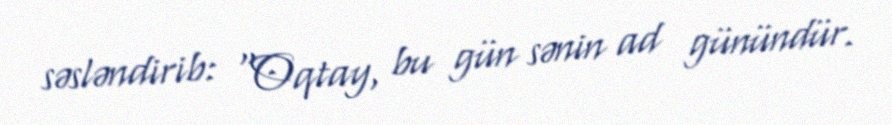
səsləndirib: "Oqtay, bu gün sənin ad günündür.